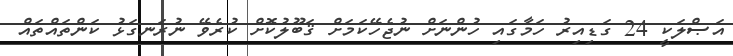
އަޞްލަކީ 24 ގަޑިއިރު ހަމާގައި ހުންނަށް ނުޖެހޭކަމަށް ޤަބޫލުކޮށް ކުރެވޭ ނުރަނގަޅު ކަންތައްތައް